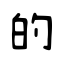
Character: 的